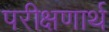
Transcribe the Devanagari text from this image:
परीक्षणार्थ